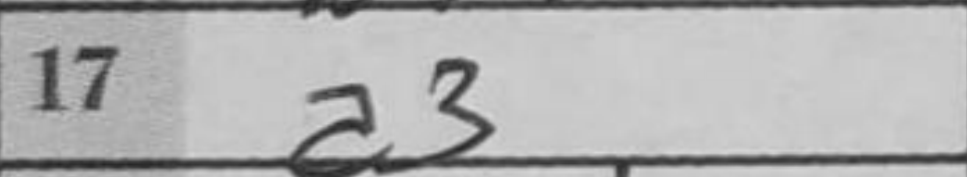
Transcription: a3